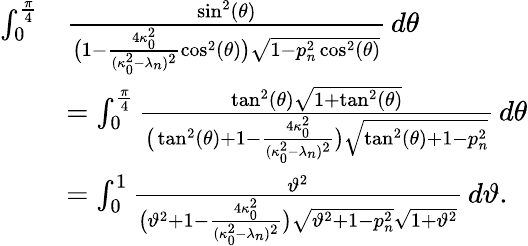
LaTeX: \begin{array}{rl}{\int_{0}^{\frac{\pi}{4}}}&{\frac{\sin^{2}(\theta)}{\big(1-\frac{4\kappa_{0}^{2}}{(\kappa_{0}^{2}-\lambda_{n})^{2}}\cos^{2}(\theta)\big)\sqrt{1-p_{n}^{2}\cos^{2}(\theta)}}\, d\theta}\\ &{=\int_{0}^{\frac{\pi}{4}}\frac{\tan^{2}(\theta)\sqrt{1+\tan^{2}(\theta)}}{\big(\tan^{2}(\theta)+1-\frac{4\kappa_{0}^{2}}{(\kappa_{0}^{2}-\lambda_{n})^{2}}\big)\sqrt{\tan^{2}(\theta)+1-p_{n}^{2}}}\, d\theta}\\ &{=\int_{0}^{1}\frac{\vartheta^{2}}{\big(\vartheta^{2}+1-\frac{4\kappa_{0}^{2}}{(\kappa_{0}^{2}-\lambda_{n})^{2}}\big)\sqrt{\vartheta^{2}+1-p_{n}^{2}}\sqrt{1+\vartheta^{2}}}\, d\vartheta.}\end{array}